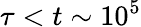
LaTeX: \tau<t\sim 10^{5}